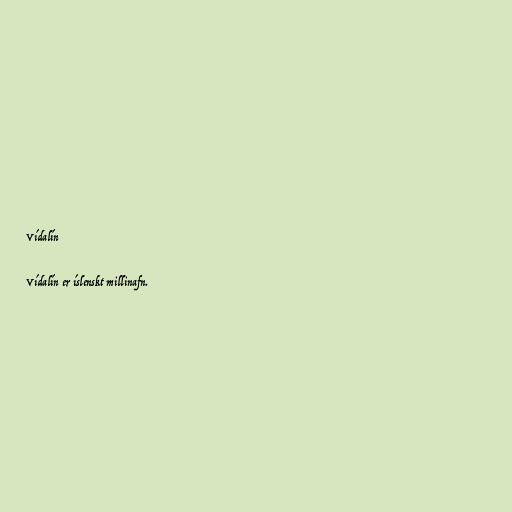
Vídalín

Vídalín er íslenskt millinafn.